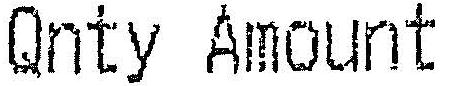
QNTY AMOUNT